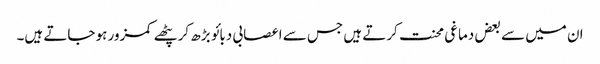
ان میں سے بعض دماغی محنت کرتے ہیں جس سے اعصابی دبائو بڑھ کر پٹھے کمزور ہو جاتے ہیں۔